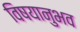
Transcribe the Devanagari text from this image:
विषयानुभव